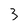
Character: 3